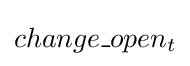
change\_open_{t}